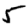
Digit: 5